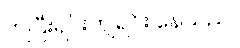
ကျပြီးရင်းကျရင်း နေသည်။